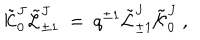
{ \tilde { \cal K } } _ { 0 } ^ { J } { \tilde { \cal L } } _ { \pm 1 } ^ { J } \ = \ q ^ { \pm 1 } { \tilde { \cal L } } _ { \pm 1 } ^ { J } { \tilde { \cal K } } _ { 0 } ^ { J } \ ,